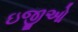
ઇજીઓ